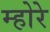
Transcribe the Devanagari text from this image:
म्होरे